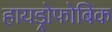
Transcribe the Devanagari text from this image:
हायड्रोफोबिक